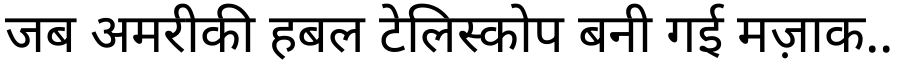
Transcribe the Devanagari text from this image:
जब अमरीकी हबल टेलिस्कोप बनी गई मज़ाक..